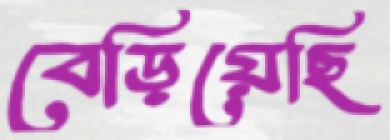
বেড়িয়েছি